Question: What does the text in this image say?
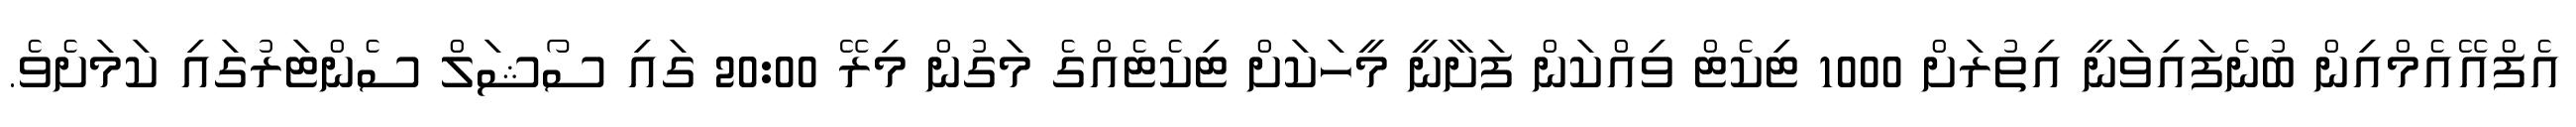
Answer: އެފްއޭއެމްއިން ބުނެފައިވަނީ އިތުރަށް 1000 ޓިކެޓް ވިއްކަން ފަށާނީ މީހަކަށް ޓިކެޓެއްގެ މަގުން މިރޭ 20:00 ގައި ސޯޝަލް ސެންޓަރުގައި ކަމަށެވެ.